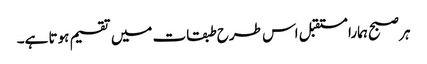
ہر صبح ہمارا مستقبل اس طرح طبقات میں تقسیم ہوتا ہے۔